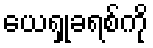
ယေရှုခရစ်ကို